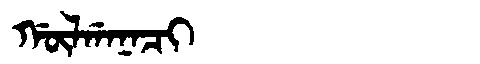
Manchu: ᡤᡡᠯᡤᠠᠨᠠᠴᡳ
Romanization: GŪLGANACI